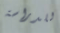
للدراسة